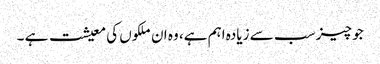
جو چیز سب سے زیادہ اہم ہے، وہ ان ملکوں کی معیشت ہے ۔